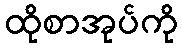
ထိုစာအုပ်ကို